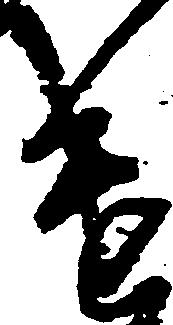
遣